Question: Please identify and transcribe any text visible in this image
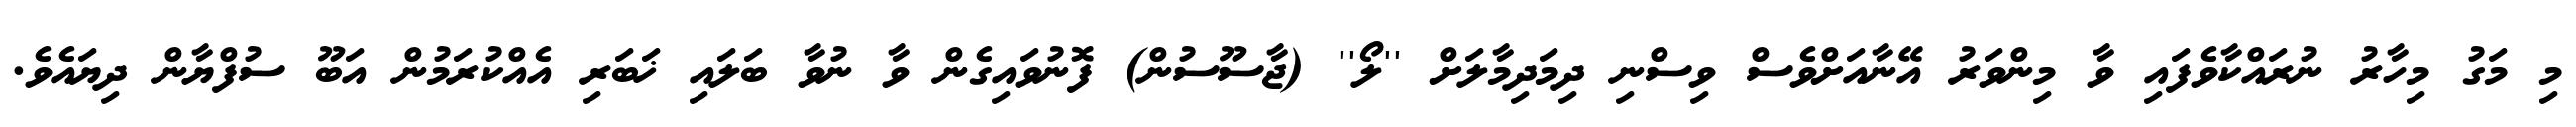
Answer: މި މަގު މިހާރު ނުރައްކާވެފައި ވާ މިންވަރު އޭނާއަށްވެސް ވިސްނި ދިމަދިމާލަށް ''ލޯ'' (ޖާސޫސުން) ފޮނުވައިގެން ވާ ނުވާ ބަލައި ޚަބަރި އެއްކުރަމުން އަބޫ ސުފްޔާން ދިޔައެވެ.